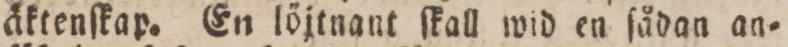
äktenſkap. En löjtnant ſkall wid en ſådan an=